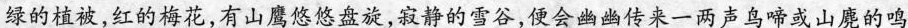
绿的植被，红的梅花，有山鹰悠悠盘旋，寂静的雪谷，便会幽幽传来一两声鸟啼或山魔的鸣